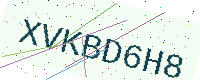
Text: XVKBD6H8